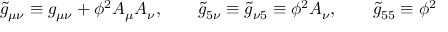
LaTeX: { \widetilde { g } } _ { \mu \nu } \equiv g _ { \mu \nu } + \phi ^ { 2 } A _ { \mu } A _ { \nu } , \qquad { \widetilde { g } } _ { 5 \nu } \equiv { \widetilde { g } } _ { \nu 5 } \equiv \phi ^ { 2 } A _ { \nu } , \qquad { \widetilde { g } } _ { 5 5 } \equiv \phi ^ { 2 }